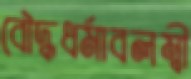
বৌদ্ধধর্মাবলম্বী